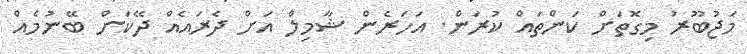
މަޖުބޫރު މިގޮތަށް ކަންތައް ކުރަން. އަހަރެން ޝާމިލް އަށް ދެރައެއް ދޭކަށް ބޭނުމެއް